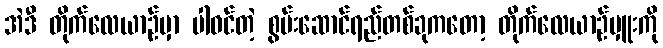
အဲဒီ တိုက်လေယာဉ်မှာ ပါဝင်တဲ့ စွမ်းဆောင်ရည်တစ်ခုကတော့ တိုက်လေယာဉ်မှူးကို